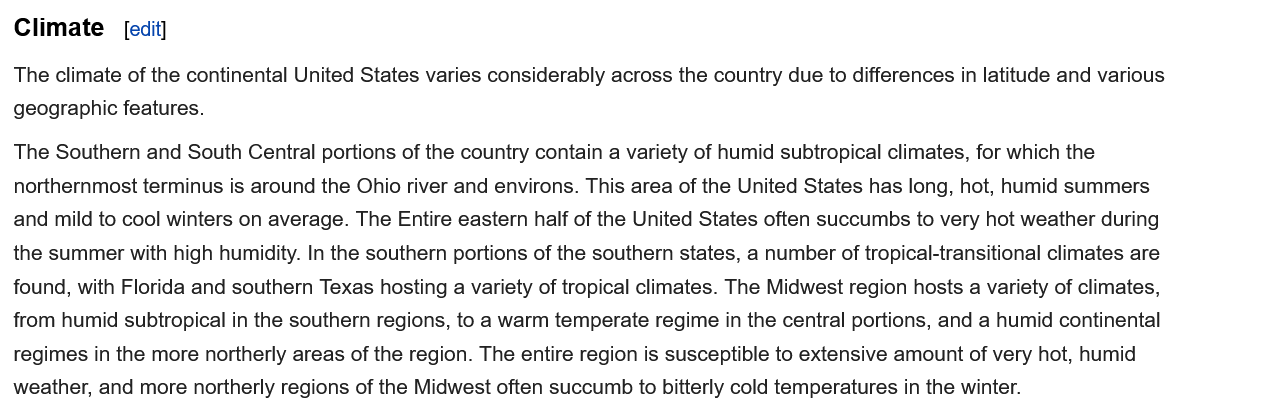
The climate of the continental United States varies considerably across the country due to differences in latitude and various
  geographic features.
  The Southern and South Central portions of the country contain a variety of humid subtropical climates, for which the
  northernmost terminus is around the Ohio river and environs. This area of the United States has long, hot, humid summers
  and mild to cool winters on average. The Entire eastern half of the United States often succumbs to very hot weather during
  the summer with high humidity. In the southern portions of the southern states, a number of tropical-transitional climates are
  found, with Florida and southern Texas hosting a variety of tropical climates. The Midwest region hosts a variety of climates,
  from humid subtropical in the southern regions, to a warm temperate regime in the central portions, and a humid continental
  regimes in the more northerly areas of the region. The entire region is susceptible to extensive amount of very hot, humid
  weather, and more northerly regions of the Midwest often succumb to bitterly cold temperatures in the winter.
  Climate